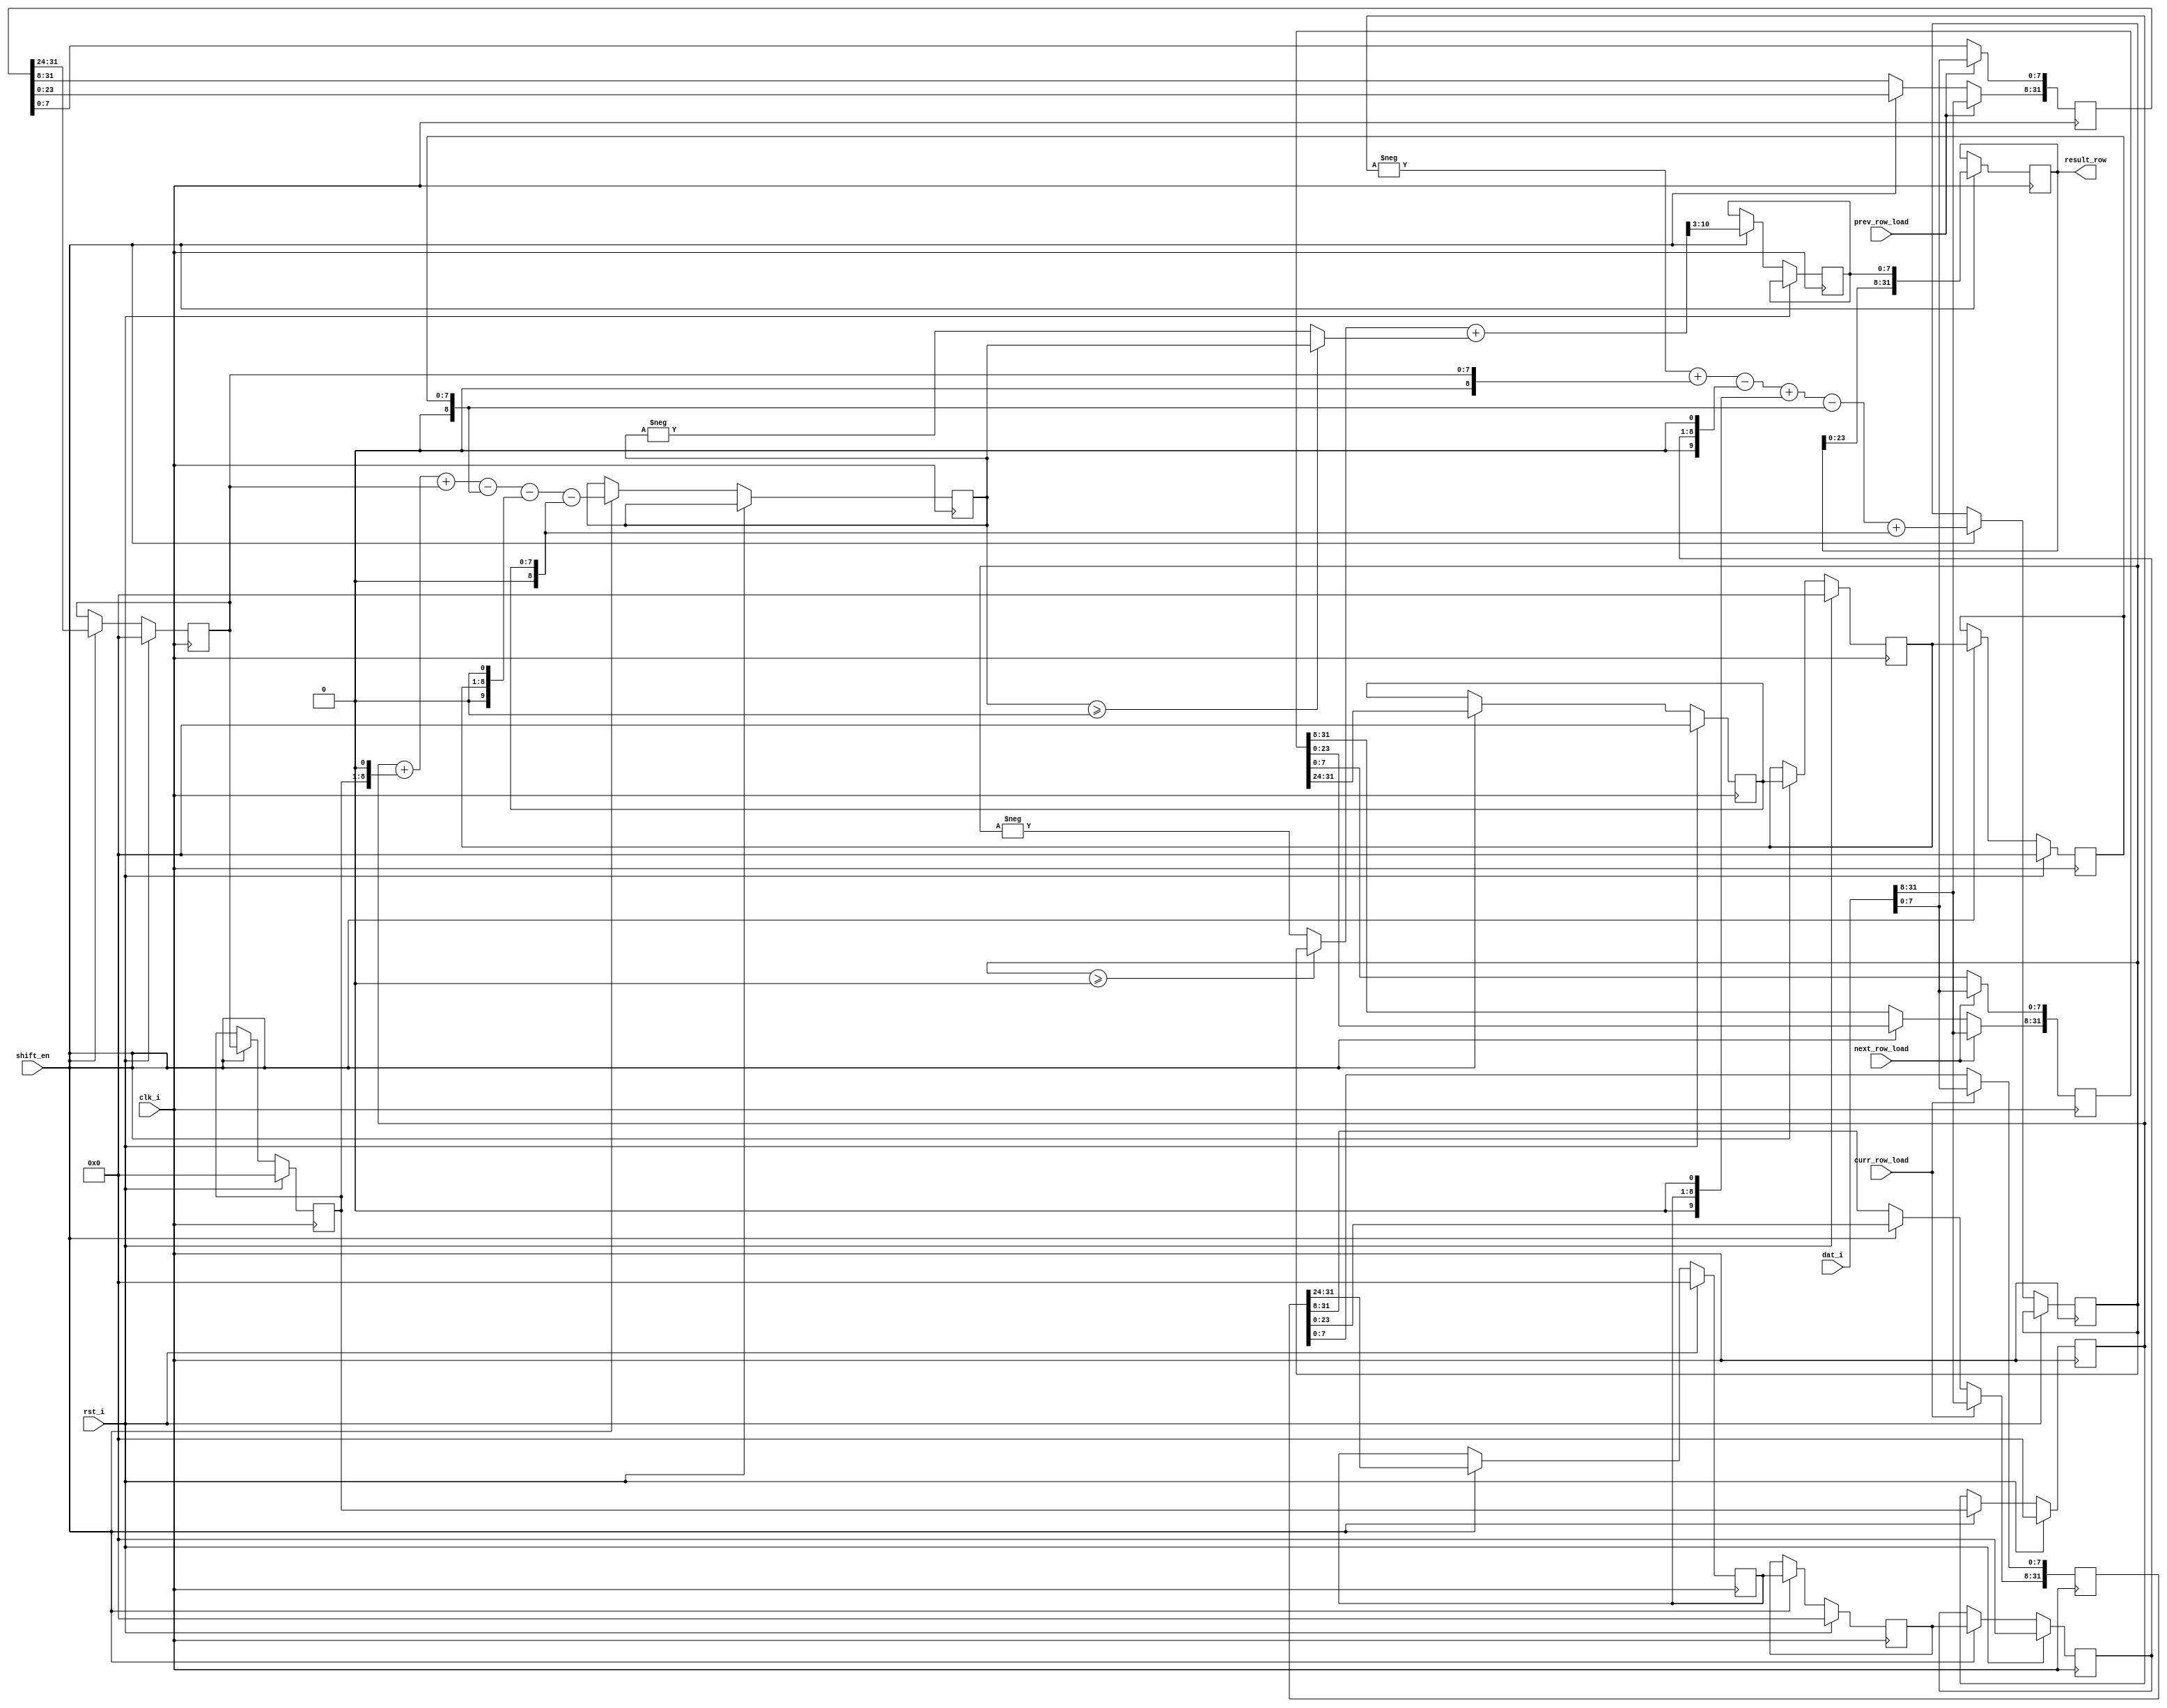
module compute(
	rst_i,     
	clk_i,
//memory32                
	dat_i,     
//
	shift_en,     //result_row
	prev_row_load,    //dat_i1
	curr_row_load,		//dat_i2
	next_row_load,		//dat_i3
//      
	result_row     //
    );

input clk_i;
input rst_i;

input[31:0] dat_i;

input  shift_en;       
input  prev_row_load; 
input  curr_row_load;  
input  next_row_load; 

output[31:0] result_row; 

reg [31:0] prev_row=0, curr_row=0, next_row=0;
reg [7:0] O[-1:1][-1:1]; //93*3

reg signed 	[10:0] Dx=0, Dy=0;

reg [7:0] abs_D = 0 ;  
reg [31:0] result_row =0 ; //
//-----------------------------------------------------------------------------
//XXX_row_loadXXX32bit

//shift_en32bit13*3[7:0] O[-1:1][-1:1]
//3*3

always@(posedge clk_i)
	if(prev_row_load)	  
	   prev_row	<= dat_i;
	else 
	  if(shift_en)		
	    prev_row[31:8] <= prev_row[23:0];

always@(posedge clk_i)
	if(curr_row_load)	 
	   curr_row<= dat_i;
	else 
	  if(shift_en )   
	    curr_row [31:8]<=curr_row[23:0];

always@(posedge clk_i)
	if(next_row_load)	  
	   next_row<=dat_i;
	else
	  if(shift_en )	
	     next_row [31:8]<=next_row[23:0];
//------------------------------------------------------------------------------

//
function [10:0]	abs ( input signed [10:0] x);
	abs = x >=0 ? x : -x ;
endfunction
//-------------------------------------------------------------------------------

always @(posedge clk_i) 
   if(rst_i)
      begin
            O[-1][-1]<=0;
	          O[-1][ 0]<=0;
	          O[-1][+1]<=0;
	          O[ 0][-1]<=0;
	          O[ 0][ 0]<=0;
	          O[ 0][+1]<=0;
	          O[+1][-1]<=0;
	          O[+1][ 0]<=0;
	          O[+1][+1]<=0;
	   end
	else
	if ( shift_en )	 
	begin
		abs_D <= (abs(Dx) + abs(Dy))>>3;
	
		Dx	<= -$signed({3'b000, O[-1][-1]})	        //-1* O[-1][-1]
				  +$signed({3'b000, O[-1][+1]})	        //+1* O[-1][+1]
				  -($signed({3'b000, O[ 0][-1]})<<1)    //-2* O[ 0][-1]
				  +($signed({3'b000, O[ 0][+1]})<<1)	   //+2* O[ 0][+1]
				  -$signed({3'b000, O[+1][-1]})	        //-1* O[+1][-1]
				  +$signed({3'b000, O[+1][+1]});	       //+1* O[+1][+1]
			
		Dy	<= $signed({3'b000, O[-1][-1]})	         //+1* O[-1][-1]
				  +($signed({3'b000, O[-1][ 0]})<<1)    //+2* O[-1][0]			     		
				  +$signed({3'b000, O[-1][+1]})	        //+1* O[-1][+1]
				  -$signed({3'b000, O[+1][-1]})         //-1* O[+1][-1]
				  -($signed({3'b000, O[+1][ 0]})<<1)    //-2* O[+1][ 0]
				  -$signed({3'b000, O[+1][+1]});	       //-1* O[+1][+1]
				
	  O[-1][-1]	<=	O[-1][0];
	  O[-1][ 0]	<=	O[-1][+1];
    O[-1][+1]	<=	prev_row[31:24];
    O[ 0][-1]	<=	O[0][0];
    O[ 0][ 0]	<=	O[0][+1];
    O[ 0][+1]	<=	curr_row[31:24];
    O[+1][-1]	<=	O[+1][0];
    O[+1][ 0]	<=	O[+1][+1];
    O[+1][+1]	<=	next_row[31:24];
  end
//----------------------------------------------------------------------------
//
always	@(posedge clk_i)
	if(shift_en)	
	   result_row	<= { result_row[23:0], abs_D};



endmodule